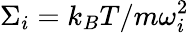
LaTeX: \Sigma_{i}=k_{B}T/m\omega_{i}^{2}